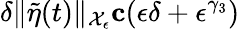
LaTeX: \delta\| \tilde{\eta}(t)\| _{\mathcal{X}_{\epsilon}}\le c(\epsilon\delta+\epsilon^{\gamma_{3}})